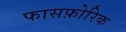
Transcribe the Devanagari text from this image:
फासफ़ोरिक